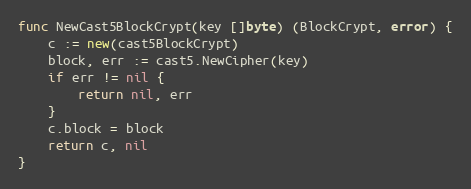
Language: Go
func NewCast5BlockCrypt(key []byte) (BlockCrypt, error) {
	c := new(cast5BlockCrypt)
	block, err := cast5.NewCipher(key)
	if err != nil {
		return nil, err
	}
	c.block = block
	return c, nil
}